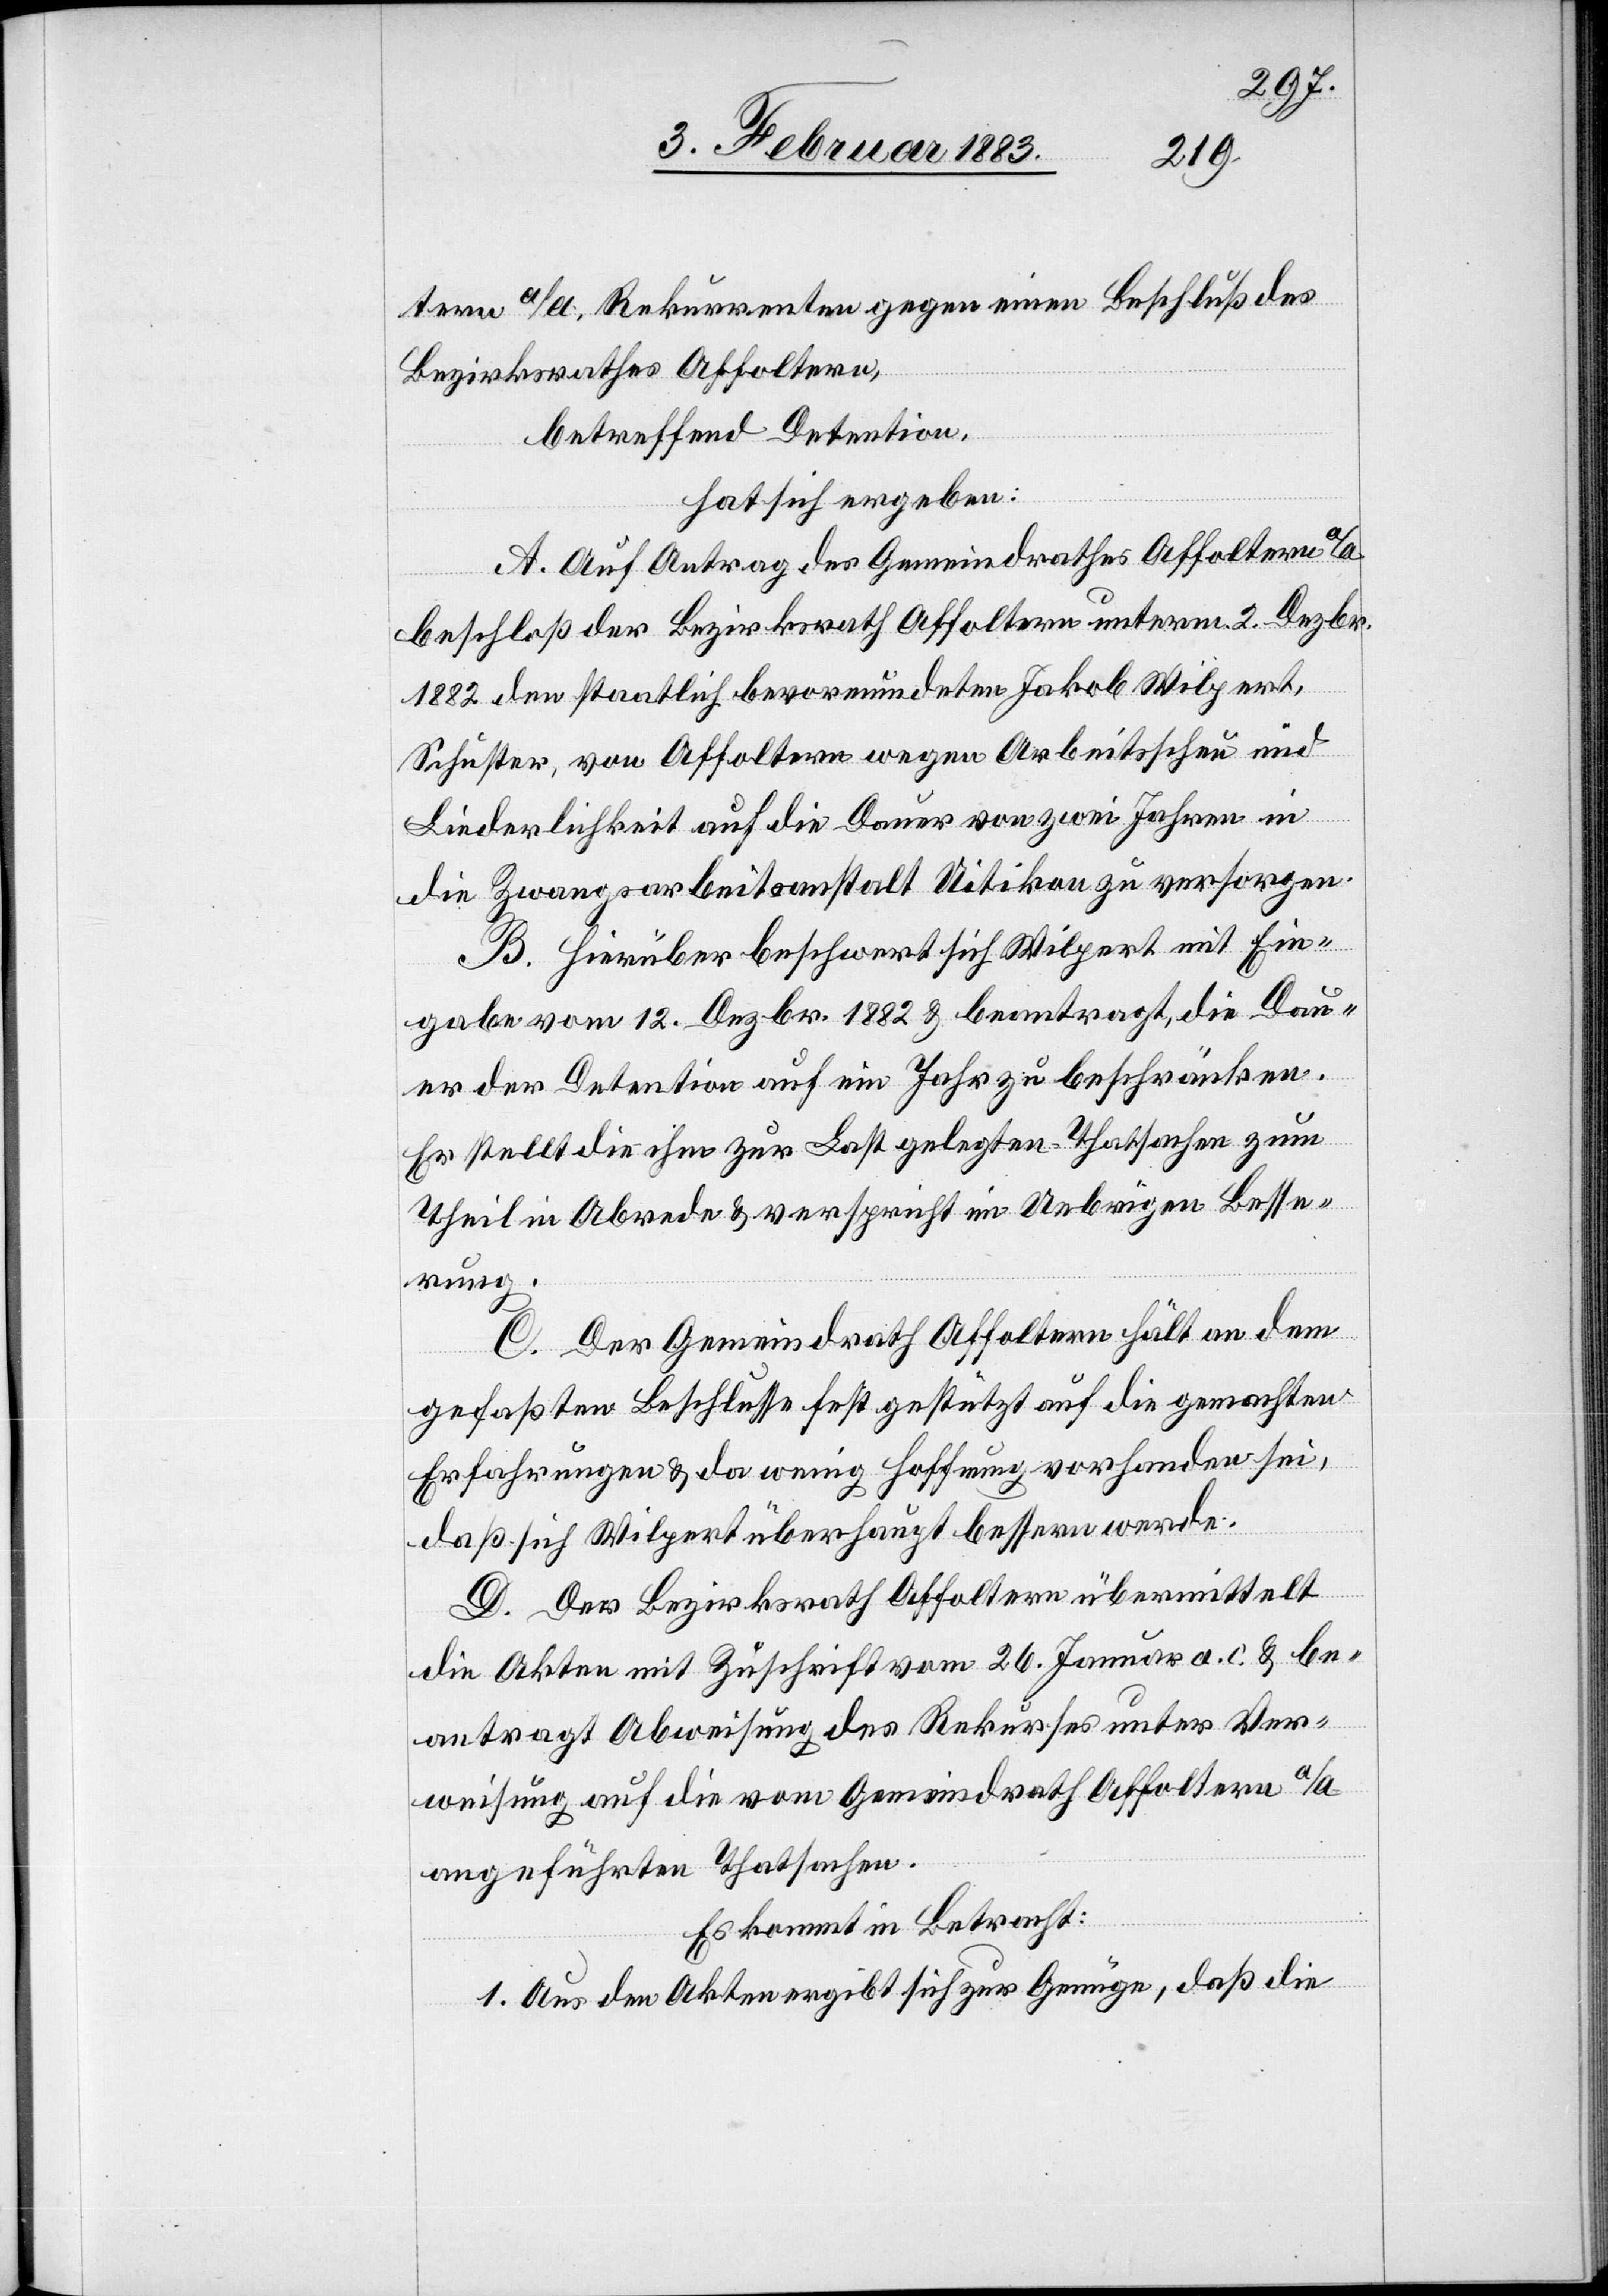
tern a/A, Rekurrenten gegen einen Beschluß des
Bezirksrathes Affoltern,
betreffend Detention,
hat sich ergeben:
A. Auf Antrag des Gemeindrathes Affoltern a/A
beschloß der Bezirksrath Affoltern unterm 2. Dezbr.
1882 den staatlich bevormundeten Jakob Wilpert,
Schuster, von Affoltern wegen Arbeitsscheu und
zeige
Liederlichkeit auf die Dauer von zwei Jahren in
die Zwangsarbeitsanstalt Uitikon zu versorgen.
B. Hierüber beschwert sich Wilpert mit Ein¬
gabe vom 12. Dezbr. 1882 & beantragt, die Dau¬
er der Detention auf ein Jahr zu beschränken.
Er stellt die ihm zur Last gelegten Thatsachen zum
Theil in Abrede & verspricht im Uebrigen Besse¬
rung.
C. Der Gemeindrath Affoltern hält an dem
gefaßten Beschlusse fest gestützt auf die gemachten
Erfahrungen & da wenig Hoffnung vorhanden sei,
daß sich Wilpert überhaupt bessern werde.
D. Der Bezirksrath Affoltern übermittelt
die Akten mit Zuschrift vom 26. Januar a. c. & be¬
antragt Abweisung des Rekurses unter Ver¬
weisung auf die vom Gemeindrath Affoltern a/An¬
angeführten Thatsachen.
Es kommt in Betracht:
1. Aus den Akten ergibt sich zur Genüge, daß die